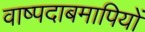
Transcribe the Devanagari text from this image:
वाष्पदाबमापियों